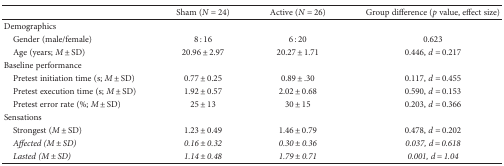
<table><thead><tr><td></td><td><b>Sham (<i>N</i> = 24)</b></td><td><b>Active (<i>N</i> = 26)</b></td><td><b>Group difference (<i>p</i> value, effect size)</b></td></tr></thead><tbody><tr><td colspan="4">Demographics</td></tr><tr><td> Gender (male/female)</td><td>8 : 16</td><td>6 : 20</td><td>0.623</td></tr><tr><td> Age (years; <i>M</i> ± SD)</td><td>20.96 ± 2.97</td><td>20.27 ± 1.71</td><td>0.446, <i>d</i> = 0.217</td></tr><tr><td colspan="4">Baseline performance</td></tr><tr><td> Pretest initiation time (s; <i>M</i> ± SD)</td><td>0.77 ± 0.25</td><td>0.89 ± .30</td><td>0.117, <i>d</i> = 0.455</td></tr><tr><td> Pretest execution time (s; <i>M</i> ± SD)</td><td>1.92 ± 0.57</td><td>2.02 ± 0.68</td><td>0.590, <i>d</i> = 0.153</td></tr><tr><td> Pretest error rate (%; <i>M</i> ± SD)</td><td>25 ± 13</td><td>30 ± 15</td><td>0.203, <i>d</i> = 0.366</td></tr><tr><td colspan="4">Sensations</td></tr><tr><td> Strongest (<i>M</i> ± SD)</td><td>1.23 ± 0.49</td><td>1.46 ± 0.79</td><td>0.478, <i>d</i> = 0.202</td></tr><tr><td> <i>Affected (M ± SD)</i></td><td><i>0.16 ± 0.32</i></td><td><i>0.30 ± 0.36</i></td><td><i>0.037, d = 0.618</i></td></tr><tr><td> <i>Lasted (M ± SD)</i></td><td><i>1.14 ± 0.48</i></td><td><i>1.79 ± 0.71</i></td><td><i>0.001, d = 1.04</i></td></tr></tbody></table>